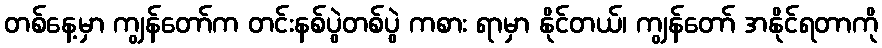
တစ်နေ့မှာ ကျွန်တော်က တင်းနစ်ပွဲတစ်ပွဲ ကစား ရာမှာ နိုင်တယ်၊ ကျွန်တော် အနိုင်ရတာကို